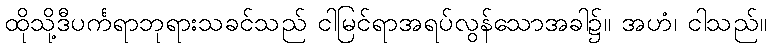
ထိုသို့ဒီပင်္ကရာဘုရားသခင်သည် ငါမြင်ရာအရပ်လွန်သောအခါ၌။ အဟံ၊ ငါသည်။